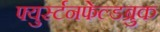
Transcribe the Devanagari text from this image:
फ्युर्स्टनफेल्डब्रुक